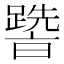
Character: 𨅩